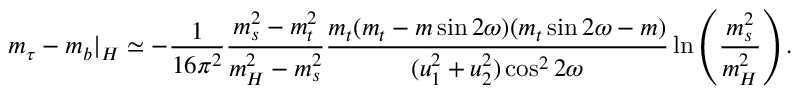
m _ { \tau } - m _ { b } | _ { H } \simeq - \frac { 1 } { 1 6 \pi ^ { 2 } } \frac { m _ { s } ^ { 2 } - m _ { t } ^ { 2 } } { m _ { H } ^ { 2 } - m _ { s } ^ { 2 } } \frac { m _ { t } ( m _ { t } - m \sin 2 \omega ) ( m _ { t } \sin 2 \omega - m ) } { ( u _ { 1 } ^ { 2 } + u _ { 2 } ^ { 2 } ) \cos ^ { 2 } 2 \omega } \ln \left( \frac { m _ { s } ^ { 2 } } { m _ { H } ^ { 2 } } \right) .